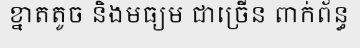
ខ្នាតតូច និងមធ្យម ជាច្រើន ពាក់ព័ន្ធ